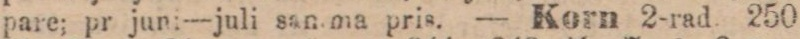
pare; pr jun:—juli san. ma pris. — Korn 2-rad. 250